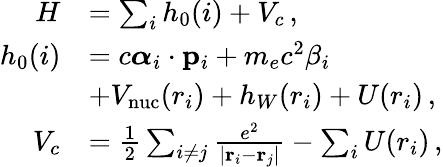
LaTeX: \begin{array}{rl}{H}&{=\sum_{i}h_{0}(i)+V_{c}\, ,}\\ {h_{0}(i)}&{=c\boldsymbol{\alpha}_{i}\cdot{\mathbf p}_{i}+m_{e}c^{2}\beta_{i}}\\ &{+V_{\mathrm{nuc}}(r_{i})+h_{W}(r_{i})+U(r_{i})\, ,}\\ {V_{c}}&{=\frac 12\sum_{i\neq j}\frac{e^{2}}{|{\mathbf r}_{i}-{\mathbf r}_{j}|}-\sum_{i}U(r_{i})\, ,}\end{array}